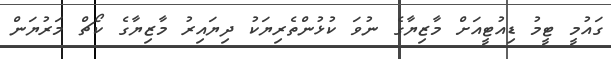
ގައުމީ ޓީމު ޑިއުޓީއަށް މާޒިޔާގެ ނުވަ ކުޅުންތެރިޔަކު ދިޔައިރު މާޒިޔާގެ ކޯޗް މަރުޔަން